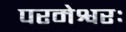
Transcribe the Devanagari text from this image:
परमेश्वरः